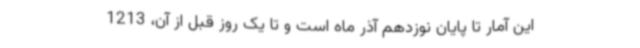
این آمار تا پایان نوزدهم آذر ماه است و تا یک روز قبل از آن، 1213